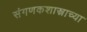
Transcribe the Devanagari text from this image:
संगणकशास्त्राच्या